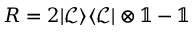
R = 2 \vert \mathcal { L } \rangle \langle \mathcal { L } \vert \otimes \mathbb { 1 } - \mathbb { 1 }